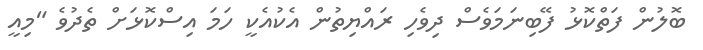
ބޮލުން ފަތްކޮޅު ފޭބިނަމަވެސް ދިވެހި ރައްޔިތުން އެކުއެކީ ހަމަ އިސްކޮޅަށް ތެދުވެ "މިއީ